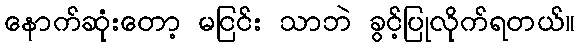
နောက်ဆုံးတော့ မငြင်း သာဘဲ ခွင့်ပြုလိုက်ရတယ်။